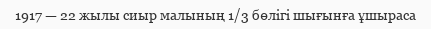
1917 — 22 жылы сиыр малының 1/3 бөлігі шығынға ұшыраса